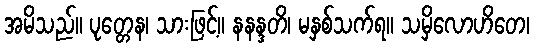
အမိသည်။ ပုတ္တေန၊ သားဖြင့်။ နနန္ဒတိ၊ မနှစ်သက်ရ။ သမှိလောဟိတေ၊